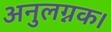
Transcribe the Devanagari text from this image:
अनुलग्नक।